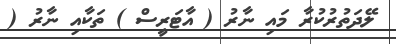
ލޭދަތުރުކުރާ މައި ނާރު ( އާޓަރީސް ) ތަކާއި ނާރު (